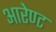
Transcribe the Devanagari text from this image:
आरेण्ट